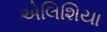
એલિશિયા